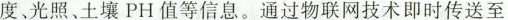
度、光照、土壤PH值等信息。通过物联网技术即时传送至